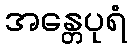
အန္တေပုရံ